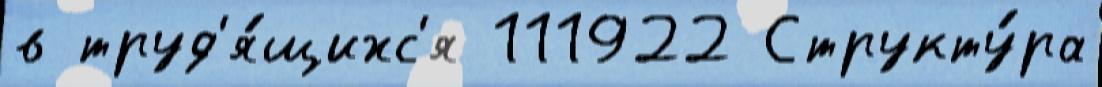
в труд'я́щихс'я 111922 Структу́ра